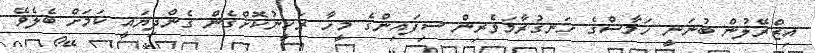
އިޒްރޭލުން ބުނަނީ ހަމާސްގެ ހަނގުރާމަވެރިން ސިފައިންގެ މީހާ ރަހީނުކޮށްގެން ގެންދިޔައީ ކަމަށް ބެލެވޭ